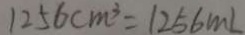
1 2 5 6 c m ^ { 3 } = 1 2 5 6 m L